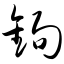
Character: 锔